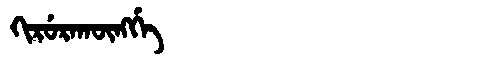
Manchu: ᡴᡳᡵᡠᡵᠠᡴᡡᠩᡤᡝ
Romanization: KIRURAKŪNGGE